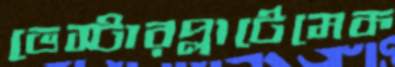
ভেস্টারপ্লাটেমেক